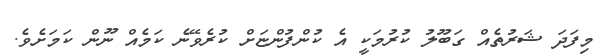
މިފަދަ ޝަރުތެއް ގަބޫލު ކުރުމަކީ އެ ކުންފުންޏަށް ކުރެވޭނެ ކަމެއް ނޫން ކަމަށެވެ.